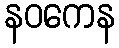
နဝကေန